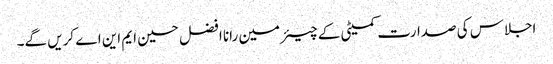
اجلاس کی صدارت کمیٹی کے چیئرمین رانا افضل حسین ایم این اے کریں گے۔